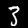
Digit: 3